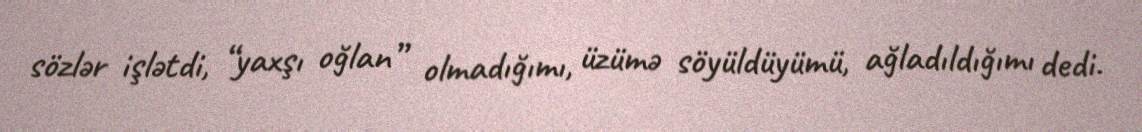
sözlər işlətdi, “yaxşı oğlan” olmadığımı, üzümə söyüldüyümü, ağladıldığımı dedi.